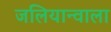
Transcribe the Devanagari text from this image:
जलियान्वाला